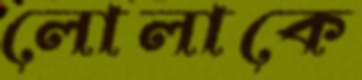
লোলাকে